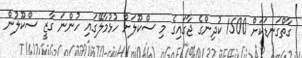
ގާތްގަނޑަކަށް 1500 ކުދިންގެ ޖާގައިގެ މި ސްކޫލަށް ހުޅުމާލޭގައި ހުންނަ ގާޒީ ސްކޫލުން